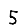
Digit: 5